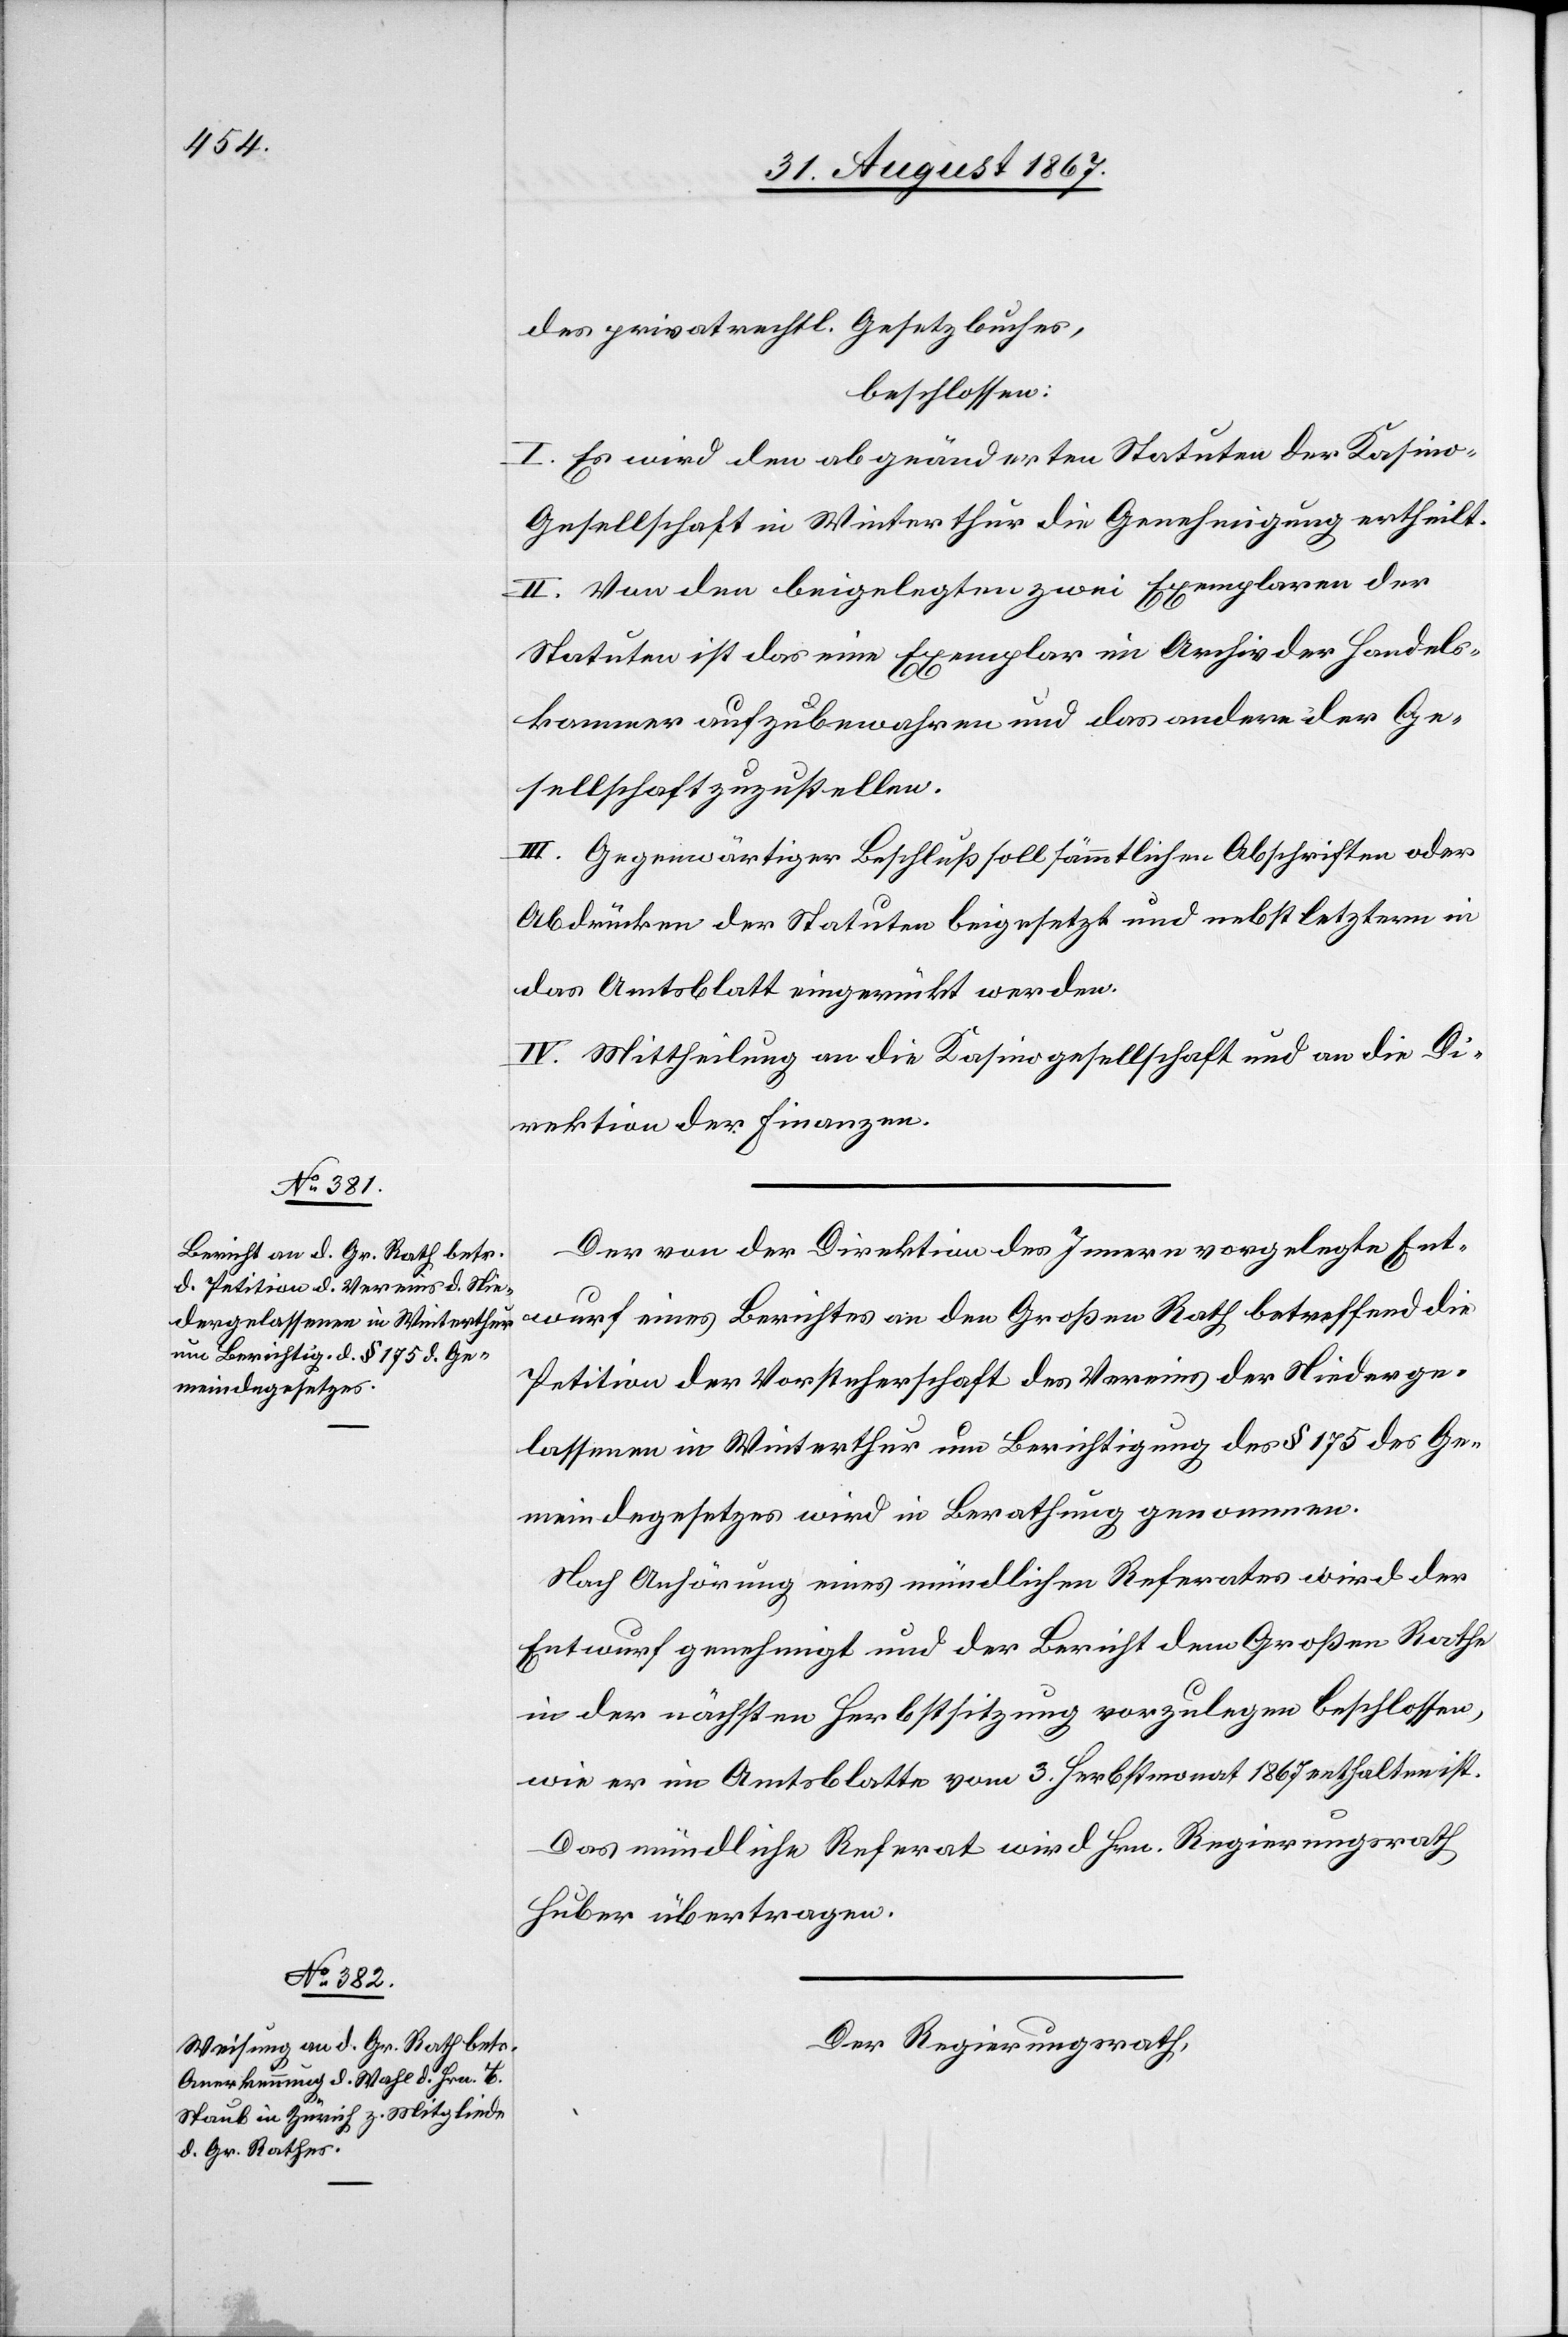
des privatrechtl. Gesetzbuches,
beschlossen:
I. Es wird den abgeänderten Statuten der Kasino¬
gesellschaft in Winterthur die Genehmigung ertheilt.
II. Von den beigelegten zwei Exemplaren der
Statuten ist das eine Exemplar im Archiv der Handels¬
kammer aufzubewahren und das andere der Ge¬
sellschaft zuzustellen.
III. Gegenwärtiger Beschluß soll sämmtlichen Abschriften oder
Abdrücken der Statuten beigesetzt und nebst letztern in
das Amtsblatt eingerückt werden.
IV. Mittheilung an die Kasinogesellschaft und an die Di¬
rektion der Finanzen.
Der von der Direktion des Innern vorgelegte Ent¬
wurf eines Berichtes an den Großen Rath betreffend die
Petition der Vorsteherschaft des Vereins der Niederge¬
lassenen in Winterthur um Berichtigung des § 175 des Ge¬
meindegesetzes wird in Berathung genommen.
Nach Anhörung eines mündlichen Referates wird der
Entwurf genehmigt und der Bericht dem Großen Rathe
in der nächsten Herbstsitzung vorzulegen beschlossen,
wie er im Amtsblatte vom 3. Herbstmonat 1867 enthalten ist.
Das mündliche Referat wird Hrn. Regierungsrath
Huber übertragen.
Der Regierungsrath,